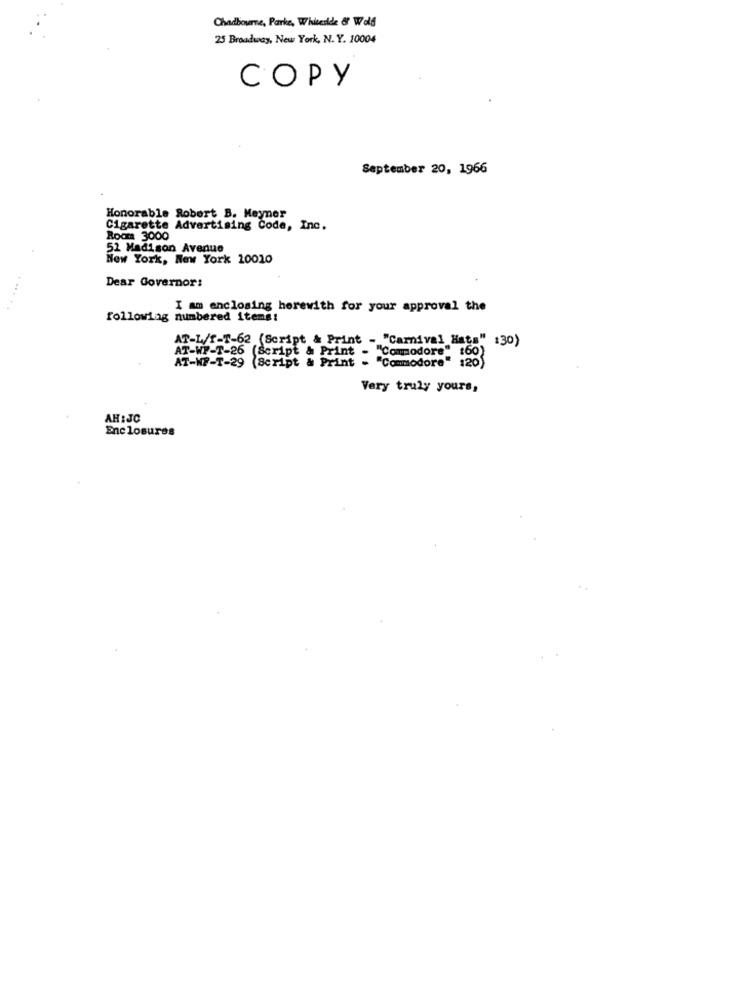
Chadbourne, Parke, Whiteside Of Wolf
25 Broadway, New York, N. Y. 10004
COPY
September 20, 1966
Honorable Robert B. Meyner
Cigarette Advertising Code, Inc.
Room 3000
52 Madison Avenue
New York, New York 10010
Dear Governor:
I am enclosing herewith for your approval the
following numbered itemg!
AT-L/1-7-62 (Script & Print - "Carnival Hat=" 130)
AT-WP-T-26 (Script & Print - "Commodore" 160)
AT-WF-T-29 (Script & Print - "Commodore" 120)
Very truly yours,
AH:JC
Enclosures